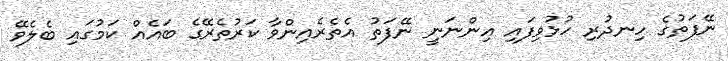
ނޭފަތުގެ ހިނދުރި ހުޅުވިފައި އިންނަނީ ނޭފަތު އެތެރެއިންވާ ކަރުތެރޭގެ ބައެއް ކަމުގައި ބެލެވޭ